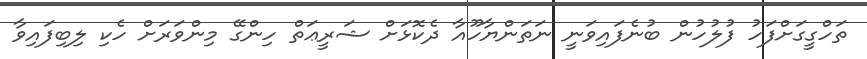
ތަހްގީގަށްފަހު ފުލުހުން ބުނެފައިވަނީ ނަތަންޔާހޫއާ ދެކޮޅަށް ޝަރީޢަތް ހިންގޭ މިންވަރަށް ހެކި ލިބިފައިވާ